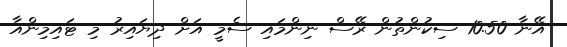
އޭނާ 10.50 ސިކުންތުން ރޭސް ނިންމައި ސެމީ އަށް ދިޔައިރު މި ޓައިމިންއާ